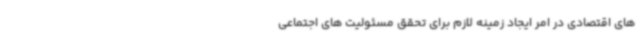
های اقتصادی در امر ایجاد زمینه لازم برای تحقق مسئولیت های اجتماعی